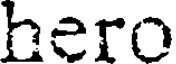
hero